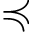
\preccurlyeq